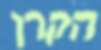
הקרן